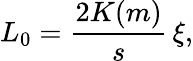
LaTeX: \begin{array}{l}{\displaystyle{L_{0}=\frac{2K(m)}{s}\, \xi,}}\end{array}